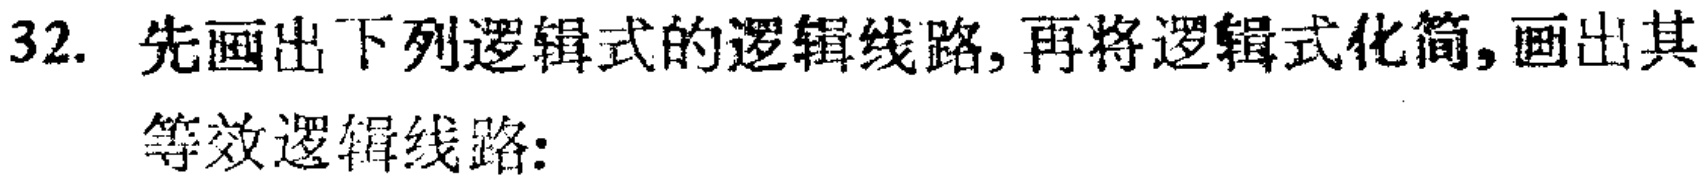
32. 先画出下列逻辑式的逻辑线路,再将逻辑式化简,画出其
等效逻辑线路: